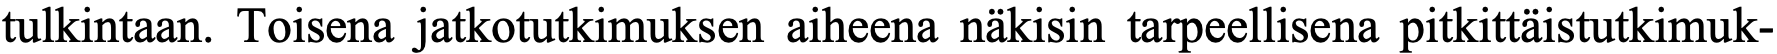
tulkintaan. Toisena jatkotutkimuksen aiheena näkisin tarpeellisena pitkittäistutkimuk-